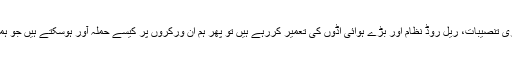
مزید برآں جب ہم ایک قوم کے طور پر اتحاد بنا رہے ہیں اور جوہری تنصیبات، ریل روڈ نظام اور بڑے ہوائی اڈوں کی تعمیر کررہے ہیں تو پھر ہم ان ورکروں پر کیسے حملہ آور ہوسکتے ہیں جو ہمیں ان خوابیدہ منصوبوں کو عملی شکل دینے میں مدد دے رہے ہیں۔